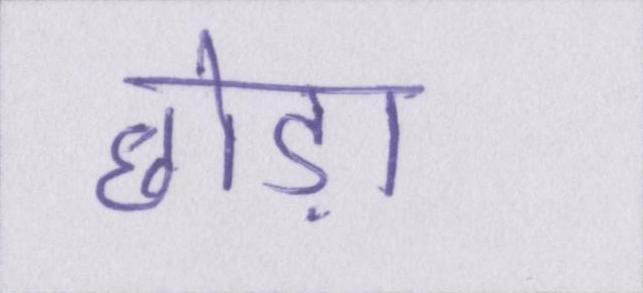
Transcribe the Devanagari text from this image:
छोड़ा